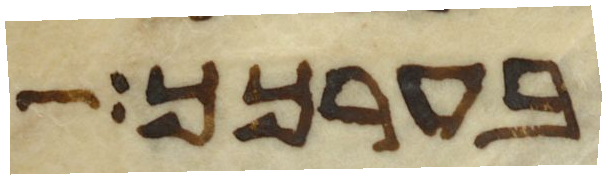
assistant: בערכך